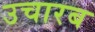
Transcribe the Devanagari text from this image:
उचारब